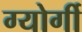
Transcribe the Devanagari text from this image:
ग्योर्गी